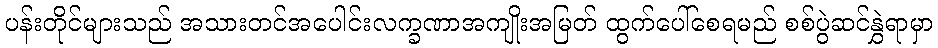
ပန်းတိုင်များသည် အသားတင်အပေါင်းလက္ခဏာအကျိုးအမြတ် ထွက်ပေါ်စေရမည် စစ်ပွဲဆင်နွှဲရာမှာ